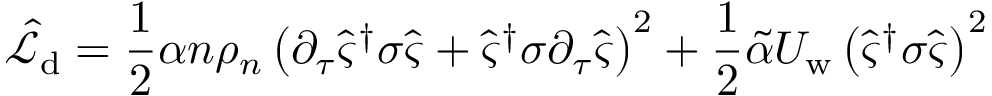
\hat { \mathcal { L } } _ { \mathrm { d } } = \frac { 1 } { 2 } \alpha n \rho _ { n } \left( \partial _ { \tau } \hat { \varsigma } ^ { \dagger } \boldsymbol { \sigma } \hat { \varsigma } + \hat { \varsigma } ^ { \dagger } \boldsymbol { \sigma } \partial _ { \tau } \hat { \varsigma } \right) ^ { 2 } + \frac { 1 } { 2 } \tilde { \alpha } U _ { \mathrm { w } } \left( \hat { \varsigma } ^ { \dagger } \boldsymbol { \sigma } \hat { \varsigma } \right) ^ { 2 }